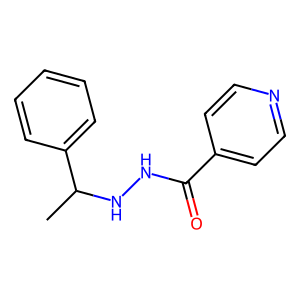
SMILES: CC(NNC(=O)c1ccncc1)c1ccccc1
Inhibits HIV replication: No